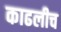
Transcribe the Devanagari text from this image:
काढलीच